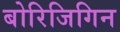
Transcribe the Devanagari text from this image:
बोरिजिगिन